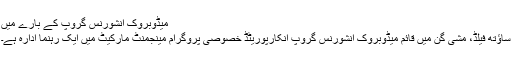
میڈوبروک انشورنس گروپ کے بارے میں
ساؤتھ فیلڈ، مشی گن میں قائم میڈوبروک انشورنس گروپ انکارپوریٹڈ خصوصی پروگرام مینجمنٹ مارکیٹ میں ایک رہنما ادارہ ہے۔